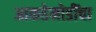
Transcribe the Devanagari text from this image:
आकडेमोडींचा